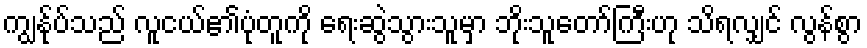
ကျွန်ုပ်သည် လူငယ်၏ပုံတူကို ရေးဆွဲသွားသူမှာ ဘိုးသူတော်ကြီးဟု သိရလျှင် လွန်စွာ